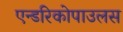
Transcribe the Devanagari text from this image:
एन्डरिकोपाउलस